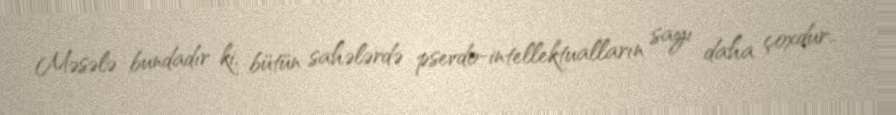
Məsələ bundadır ki, bütün sahələrdə psevdo-intellektualların sayı daha çoxdur..